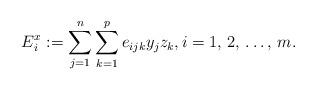
LaTeX: \begin{align*}E_{i}^{x}:=\sum\limits_{j=1}^n \sum\limits_{k=1}^p {e_{ijk}y_{j}z_{k}} ,i=1,\thinspace 2,\thinspace \mathellipsis ,\thinspace m.\end{align*}